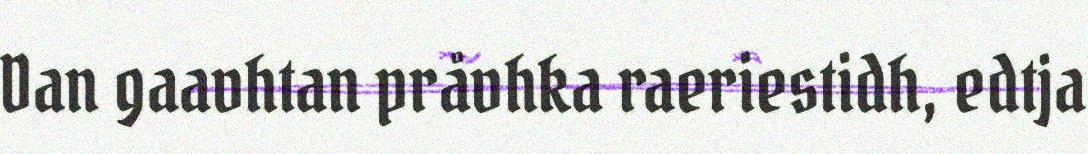
Dan gaavhtan pråvhka raeriestidh, edtja